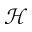
\mathcal { H }